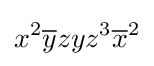
x^{2}{\overline {y}}zyz^{3}{\overline {x}}^{2}